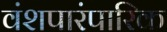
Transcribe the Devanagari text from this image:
वंशपारंपारिक